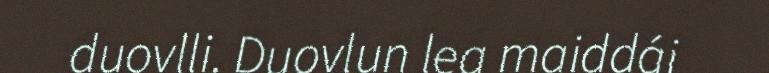
duovlli. Duovlun lea maiddái